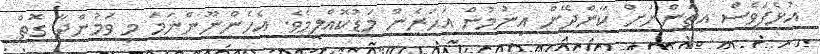
އުޅެފަވެސް އީތަންނަށް ކާންދޭން އިނުމުން އަހަރެން މަޑުކޮއްލީމެވެ. އެހެންނޫންނަމަ މި ވަމުންދާ ގޮތް